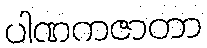
ပါဏကဇာတာ